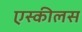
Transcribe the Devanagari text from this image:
एस्कीलस